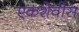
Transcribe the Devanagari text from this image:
एकशेवीस